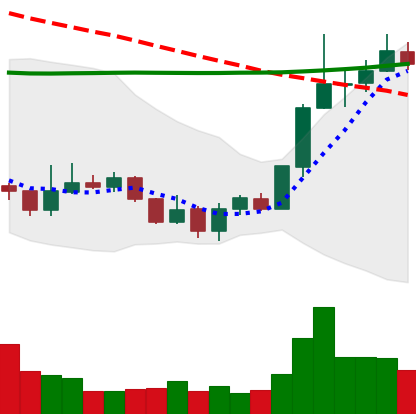
Ticker: LINK-USD
Chart end date: 2020-01-12
Forward return: 21.331%
Label: up_7plus